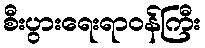
စီးပွားရေးရာဝန်ကြီး